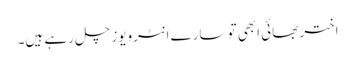
اختر بھائی ابھی تو سارے انٹرویوز چل رہے ہیں۔